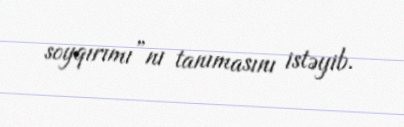
soyqırımı”nı tanımasını istəyib.